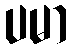
ပမာ